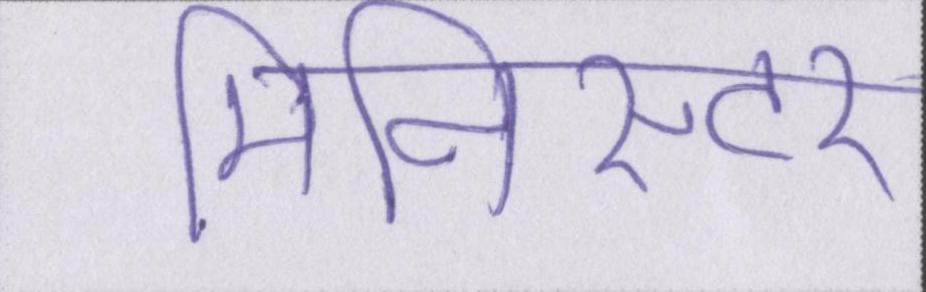
मिनिस्टर